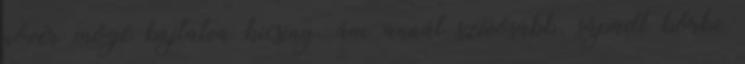
nővér mögé bújtatva kicsiny, ám annál szívósabb, sápadt bőrbe